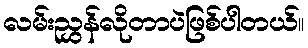
လမ်းညွှန်လိုတာပဲဖြစ်ပါတယ်။